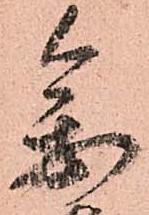
参